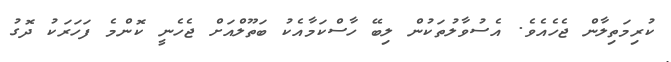
ކުރިމަތިލާން ޖެހެއެވެ. އެސުވާލުތަކުން ލިބޭ ހާސްކަމާއެކު ބަތޫލްއަށް ޖެހެނީ ކޮންމެ ފަހަރަކު ދޮގު